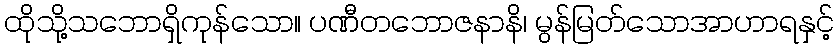
ထိုသို့သဘောရှိကုန်သော။ ပဏီတဘောဇနာနိ၊ မွန်မြတ်သောအာဟာရနှင့်